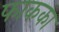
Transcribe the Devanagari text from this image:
फाकका